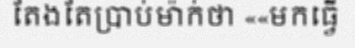
តែងតែប្រាប់ម៉ាក់ថា ««មកធ្វើ